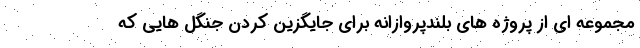
مجموعه ای از پروژه های بلندپروازانه برای جایگزین کردن جنگل هایی که